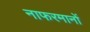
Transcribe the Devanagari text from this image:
नाफरमानों